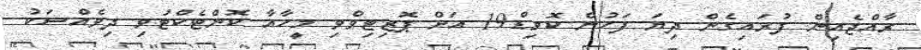
ރާއްޖެއިން ފުރައިގެން ދިޔަ ފަހުން ކޮވިޑް19 އަށް ޕޮޒިޓިވްވި މީހާއާ ކޮންޓެކްޓުވި ދިވެއްސަކު